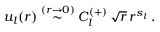
u _ { l } ( r ) \stackrel { ( r \rightarrow 0 ) } { \sim } C _ { l } ^ { ( + ) } \, \sqrt { r } \, r ^ { s _ { l } } \; .